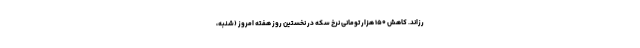
رزاند. کاهش ۱۵۰ هزار تومانی نرخ سکه در نخستین روز هفته امروز (شنبه،